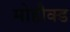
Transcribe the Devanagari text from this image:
मोहौक्ड